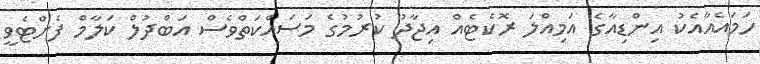
ހަމައެއާއެކު އިންޑިއާގެ އަމިއްލަ ރޮކެޓެއް އިޖާދު ކުރުމުގެ މަސައްކަތްވެސް އަބްދުލް ކަލާމް ފެށްޓެވީ